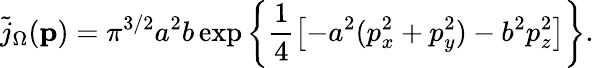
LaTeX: \tilde{j}_{\Omega}({\mathbf p})=\pi^{3/2}a^{2}b\exp\left\{ \frac{1}{4}\left[-a^{2}(p_{x}^{2}+p_{y}^{2})-b^{2}p_{z}^{2}\right]\right\} .